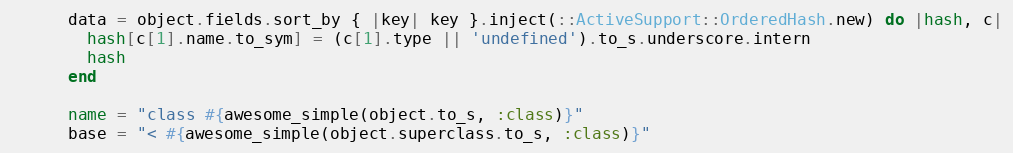
Language: Ruby
      data = object.fields.sort_by { |key| key }.inject(::ActiveSupport::OrderedHash.new) do |hash, c|
        hash[c[1].name.to_sym] = (c[1].type || 'undefined').to_s.underscore.intern
        hash
      end

      name = "class #{awesome_simple(object.to_s, :class)}"
      base = "< #{awesome_simple(object.superclass.to_s, :class)}"